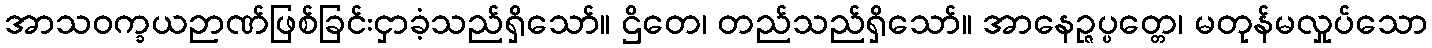
အာသဝက္ခယဉာဏ်ဖြစ်ခြင်းငှာခံ့သည်ရှိသော်။ ဌိတေ၊ တည်သည်ရှိသော်။ အာနေဉ္ဇပ္ပတ္တေ၊ မတုန်မလှုပ်သော